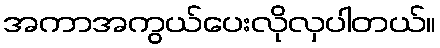
အကာအကွယ်ပေးလိုလှပါတယ်။